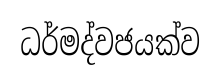
ධර්මද්වජයක්ව